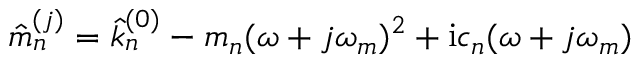
\hat { m } _ { n } ^ { ( j ) } = \hat { k } _ { n } ^ { ( 0 ) } - m _ { n } ( \omega + j \omega _ { m } ) ^ { 2 } + \mathrm { i } c _ { n } ( \omega + j \omega _ { m } )